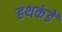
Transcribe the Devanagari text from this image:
हथकंडें